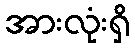
အားလုံးရှိ